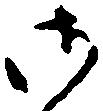
御